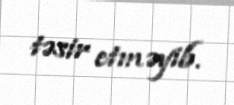
təsir etməyib.